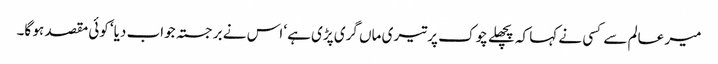
میر عالم سے کسی نے کہا کہ پچھلے چوک پر تیری ماں گری پڑی ہے‘ اس نے برجستہ جواب دیا‘ کوئی مقصد ہو گا۔